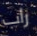
راب